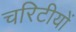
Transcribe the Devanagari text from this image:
चरिटीयों